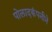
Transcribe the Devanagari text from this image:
पोलादकंपनीने